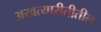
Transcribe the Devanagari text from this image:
अखत्यारीतीतील